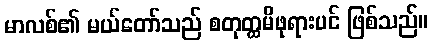
မာလစ်၏ မယ်တော်သည် စတုတ္ထမိဖုရားပင် ဖြစ်သည်။